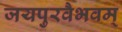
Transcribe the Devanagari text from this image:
जयपुरवैभवम्